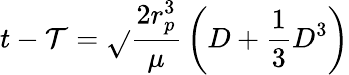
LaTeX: t-\mathcal{T}={\sqrt{}{{\frac{{2r_{p}^{3}}}{{\mu}}}}}\left(D+{\frac{{1}}{{3}}}D^{3}\right)